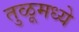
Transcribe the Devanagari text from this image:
तुळूमध्ये